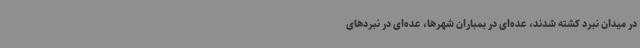
در میدان نبرد کشته شدند، عده‌ای در بمباران شهرها، عده‌ای در نبردهای